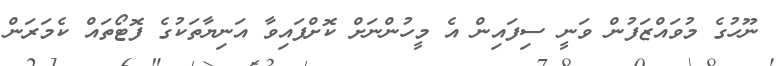
ނޫހުގެ މުވައްޒަފުން ވަނީ ސިފައިން އެ މީހުންނަށް ކޮށްފައިވާ އަނިޔާތަކުގެ ފޮޓޯތައް ކެމަރަން